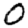
Digit: 0